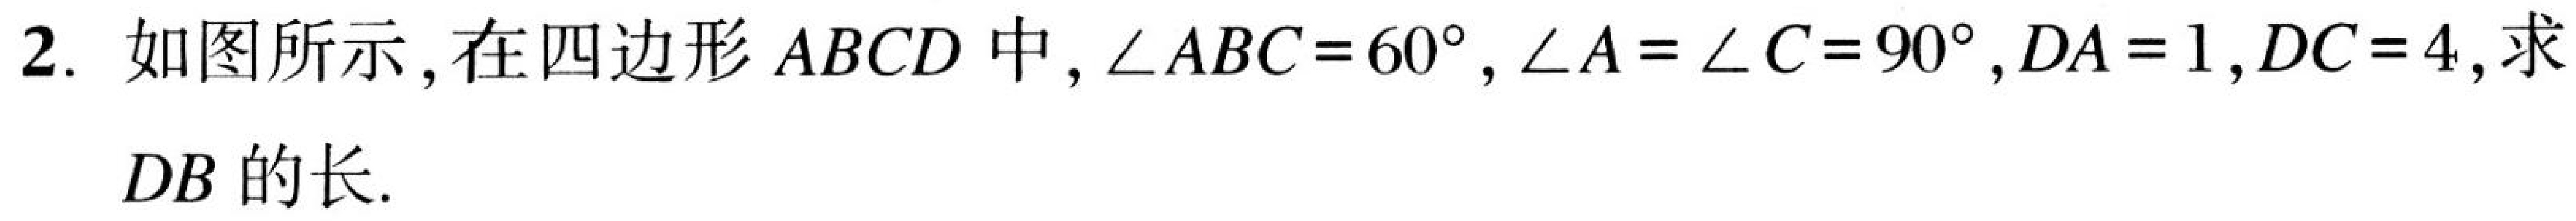
2. 如图所示，在四边形\(ABCD\)中，\(\angle ABC = 60^{\circ}\)，\(\angle A=\angle C = 90^{\circ}\)，\(DA = 1\)，\(DC = 4\)，求
\(DB\)的长.